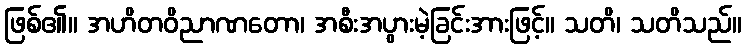
ဖြစ်၏။ အဟိတဝိညာဏတော၊ အစီးအပွားမဲ့ခြင်းအားဖြင့်။ သတိ၊ သတိသည်။